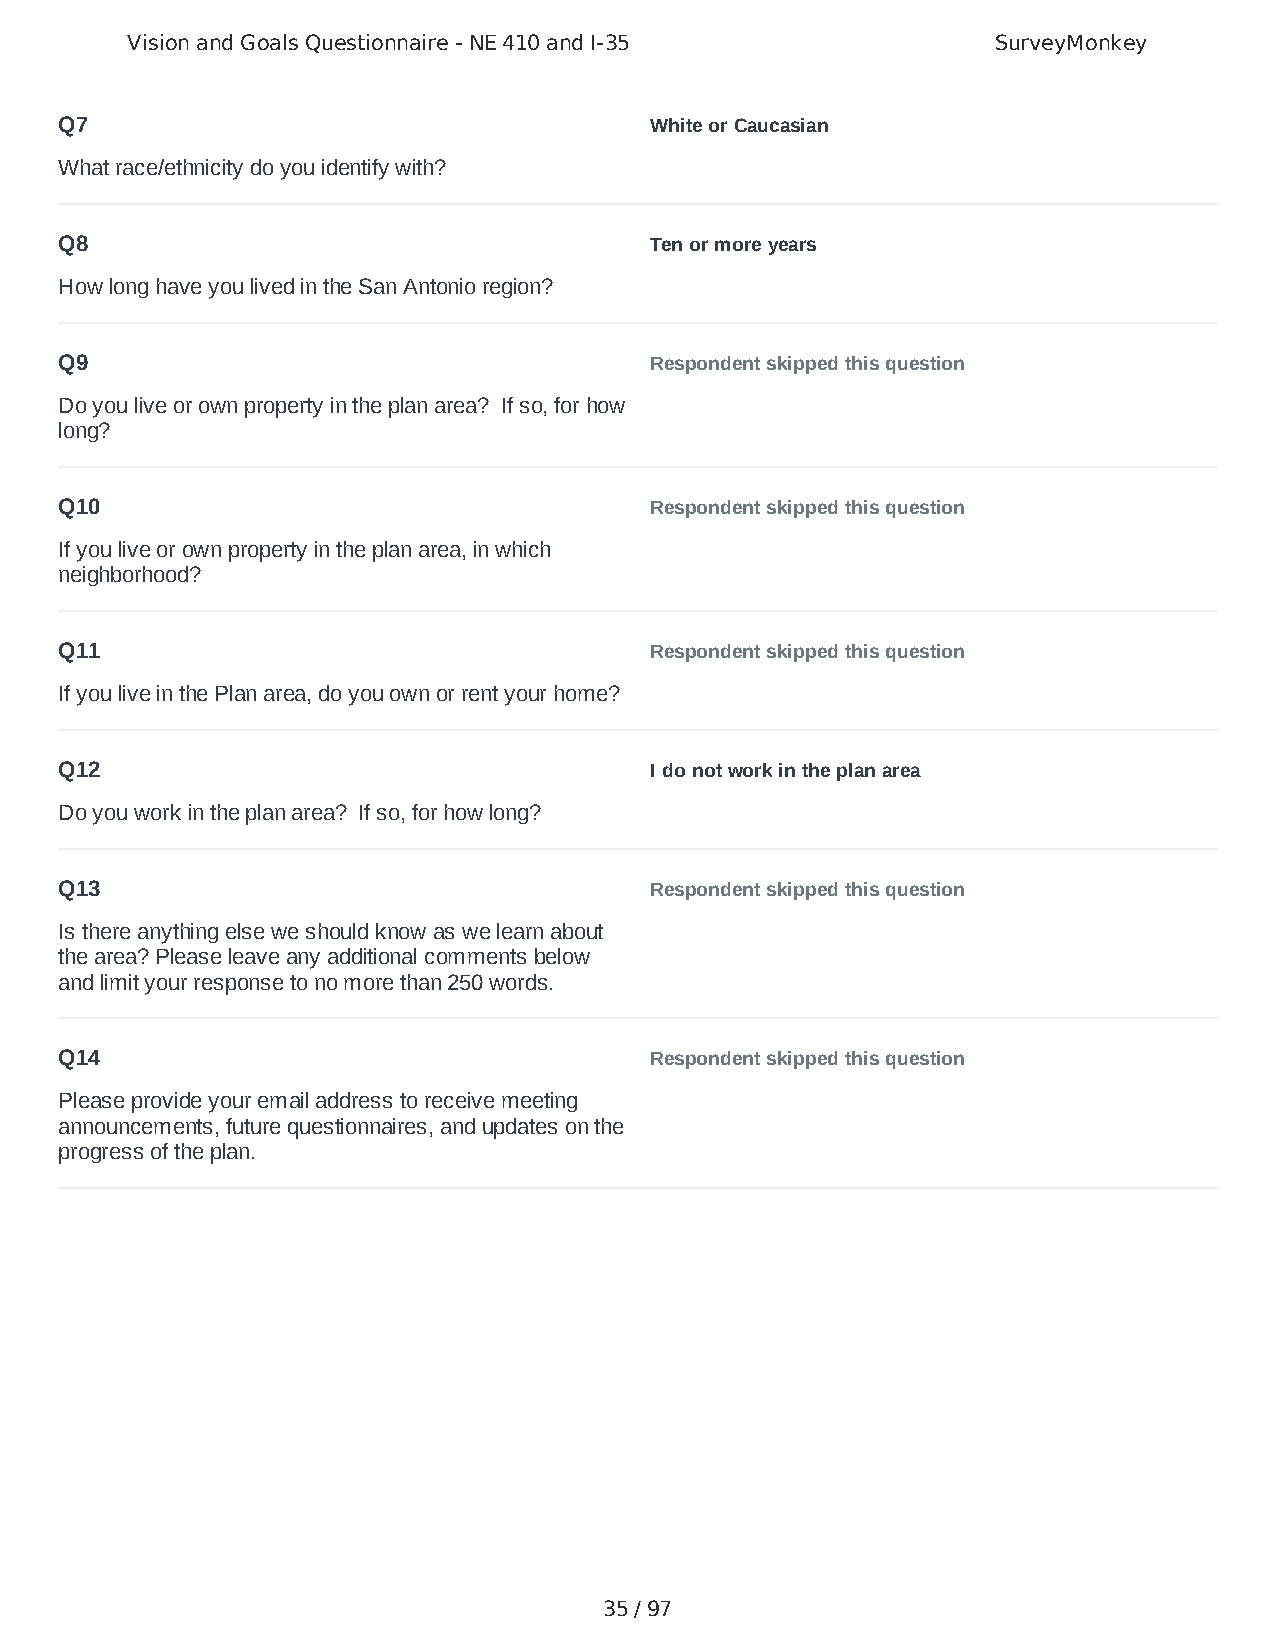
Vision and Goals Questionnaire - NE 410 and I-35          SurveyMonkey
 Q7                                     White or Caucasian
 What race/ethnicity do you identify with?
 Q8                                     Ten or more years
 How long have you lived in the San Antonio region?
 Q9                                     Respondent skipped this question
 Do you live or own property in the plan area? If so, for how
 long?
 Q10                                    Respondent skipped this question
 If you live or own property in the plan area, in which
 neighborhood?
 Q11                                    Respondent skipped this question
 If you live in the Plan area, do you own or rent your home?
 Q12                                    I do not work in the plan area
 Do you work in the plan area? If so, for how long?
 Q13                                    Respondent skipped this question
 Is there anything else we should know as we learn about
 the area? Please leave any additional comments below
 and limit your response to no more than 250 words.
 Q14                                    Respondent skipped this question
 Please provide your email address to receive meeting
 announcements, future questionnaires, and updates on the
 progress of the plan.
 35 / 97